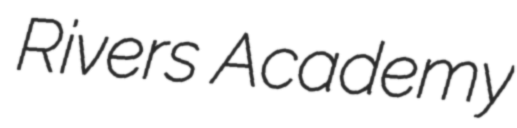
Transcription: Rivers Academy